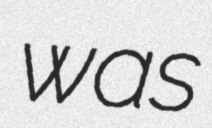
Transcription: was